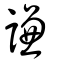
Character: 謙